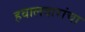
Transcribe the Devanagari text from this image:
हवालदारांचा